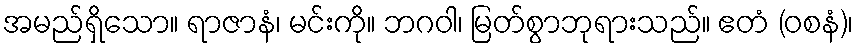
အမည်ရှိသော။ ရာဇာနံ၊ မင်းကို။ ဘဂဝါ၊ မြတ်စွာဘုရားသည်။ ဧတံ (ဝစနံ)၊